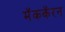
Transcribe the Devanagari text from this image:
मॅककॅरन